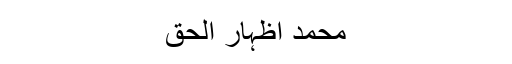
محمد اظہار الحق